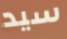
سيد